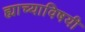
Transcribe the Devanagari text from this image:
ह्याच्याविषयी